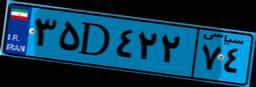
۳۰D۶۰۲۶۲